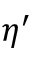
\eta ^ { \prime }